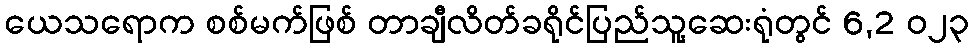
ယေသရောက စစ်မက်ဖြစ် တာချီလိတ်ခရိုင်ပြည်သူ့ဆေးရုံတွင် 6,2 ၀၂၃